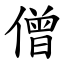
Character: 僧